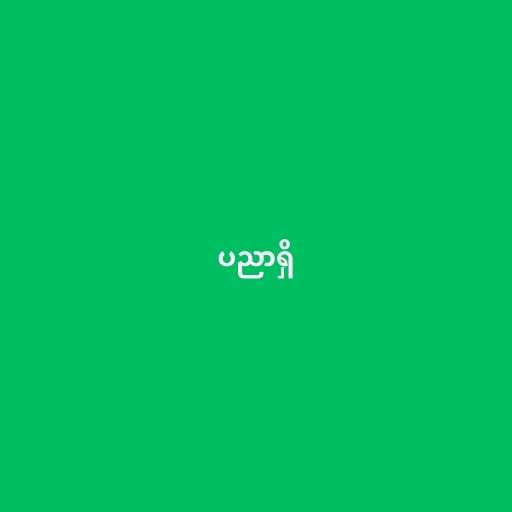
ပညာရှိ